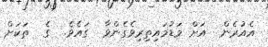
އެއުރެން  އަށް މަޑުމައިތިރިވެގެންވާ  ގައެވެ.  ގެ  ތަކަށް